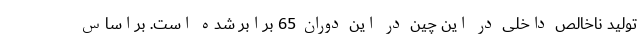
تولید ناخالص داخلی در این چین در این دوران 65 برابر شده است. براساس